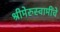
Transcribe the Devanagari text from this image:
श्रीमेरुस्वामींचे